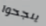
ينجحوا